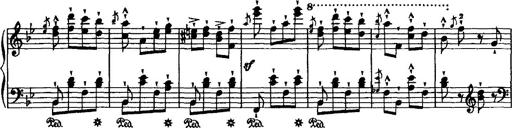
Title: Grande valse di bravura
Composer: Franz Liszt